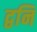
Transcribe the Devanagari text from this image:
द्वनि